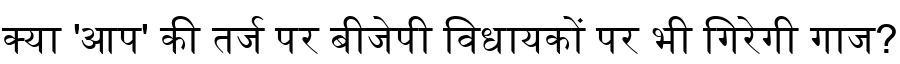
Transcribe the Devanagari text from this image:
क्या 'आप' की तर्ज पर बीजेपी विधायकों पर भी गिरेगी गाज?